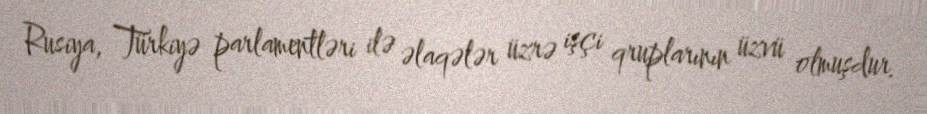
Rusiya, Türkiyə parlamentləri ilə əlaqələr üzrə işçi qruplarının üzvü olmuşdur.